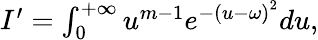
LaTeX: \begin{array}{r}{I^{\prime}=\int_{0}^{+\infty}u^{m-1}e^{-\left(u-\omega\right)^{2}}du,}\end{array}